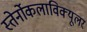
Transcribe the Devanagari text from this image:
स्तेर्नोकलाविक्यूलर